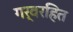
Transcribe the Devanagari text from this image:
गर्वरहित